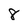
Character: 8